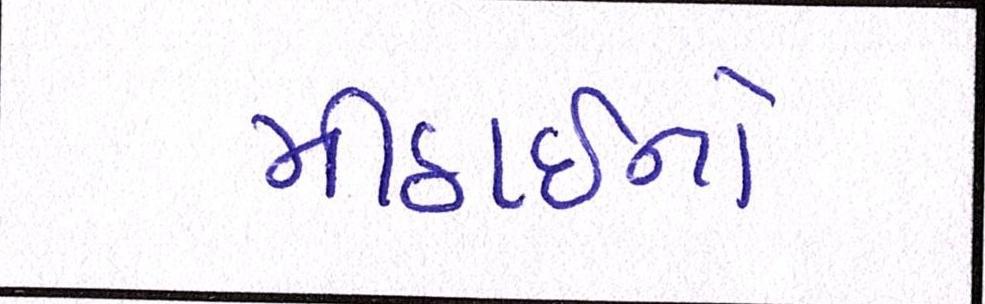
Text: મીઠાઈનો